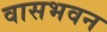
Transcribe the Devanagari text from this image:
वासभवन